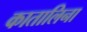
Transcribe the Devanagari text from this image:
कातालिना